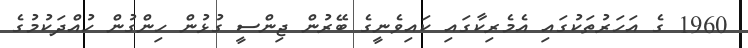
1960 ގެ އަހަރުތަކުގައި އެމެރިކާގައި ކައިވެނީގެ ބޭރުން ޖިންސީ ގުޅުން ހިންގުން ހުއްދަކުމުގެ